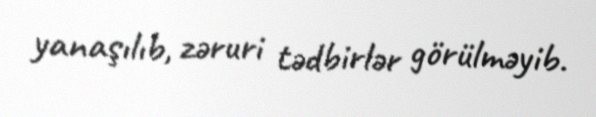
yanaşılıb, zəruri tədbirlər görülməyib.